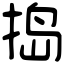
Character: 捣